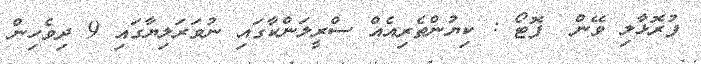
ފުރޮޅާލި ވޭން  ފޮޓޯ : ކިޔުންތެރިއެއް ސްރީލަންކާގައި ނުވަރަލިޔާގައި 9 ދިވެހިން